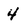
Character: 4